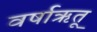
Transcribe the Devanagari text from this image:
वर्षाऋतू